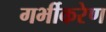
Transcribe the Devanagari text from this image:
गर्भीकरेण